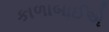
કાળાબાઈએ